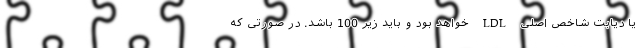
یا دیابت شاخص اصلی LDL خواهد بود و باید زیر 100 باشد. در صورتی که